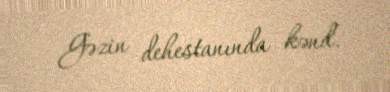
Gəzin dehestanında kənd.